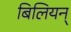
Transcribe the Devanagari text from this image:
बिलियन्